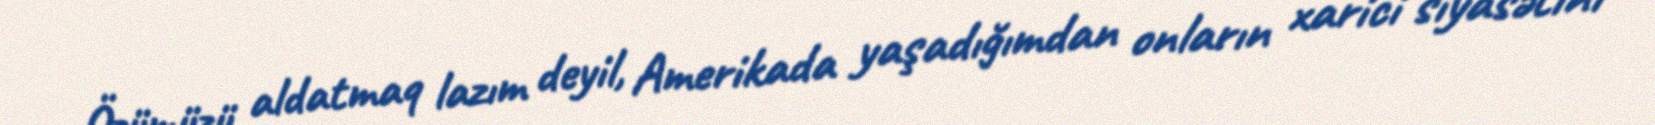
Özümüzü aldatmaq lazım deyil, Amerikada yaşadığımdan onların xarici siyasətini